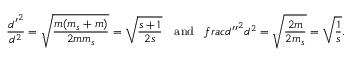
\frac { { d ^ { \prime } } ^ { 2 } } { d ^ { 2 } } = \sqrt { \frac { m ( m _ { s } + m ) } { 2 m m _ { s } } } = \sqrt { \frac { s + 1 } { 2 s } } \ \ \ \mathrm { a n d } \ \ \, f r a c { { d ^ { \prime \prime } } ^ { 2 } } { d ^ { 2 } } = \sqrt { \frac { 2 m } { 2 m _ { s } } } = \sqrt { \frac { 1 } { s } } .